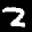
Label: 2